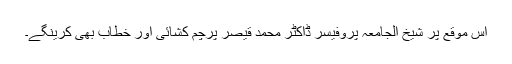
اس موقع پر شیخ الجامعہ پروفیسر ڈاکٹر محمد قیصر پرچم کشائی اور خطاب بھی کرینگے۔